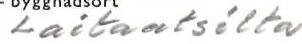
Laitaatsilta